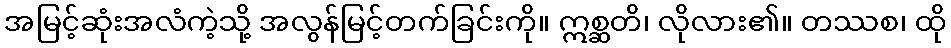
အမြင့်ဆုံးအလံကဲ့သို့ အလွန်မြင့်တက်ခြင်းကို။ ဣစ္ဆတိ၊ လိုလား၏။ တဿစ၊ ထို